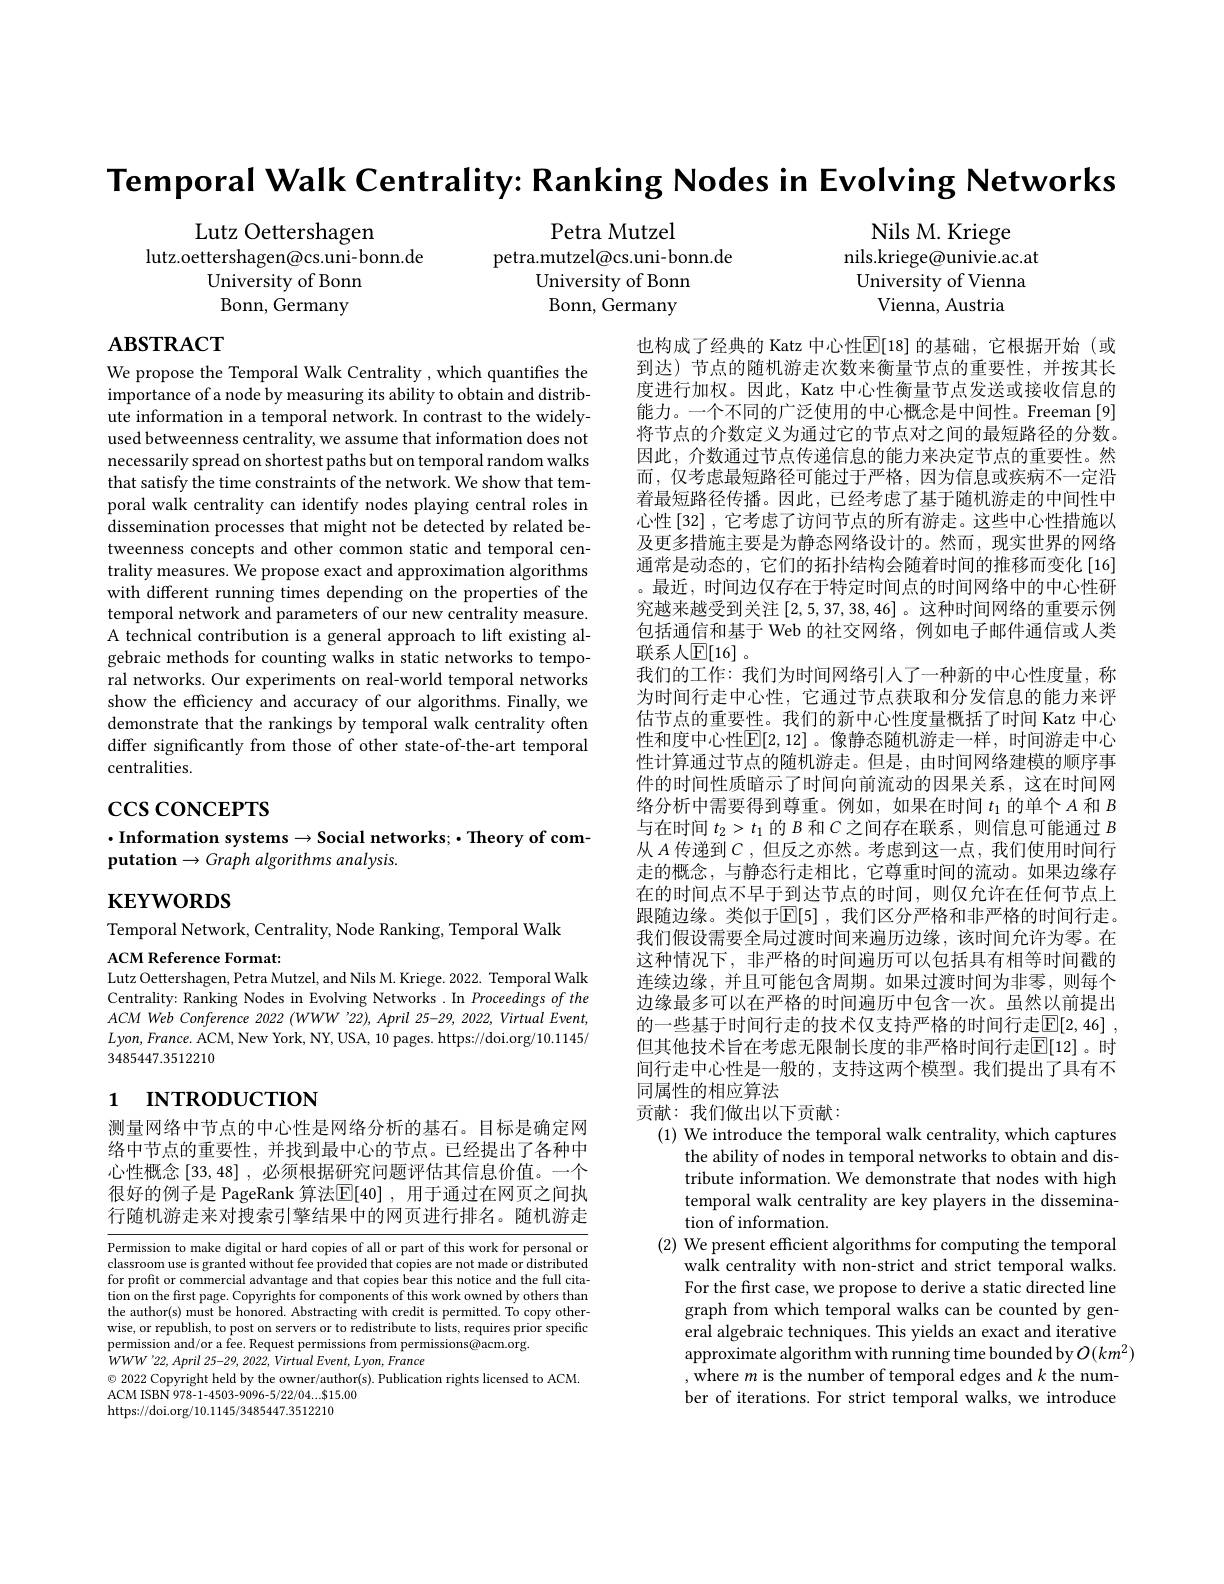
Temporal Walk Centrality: Ranking Nodes in Evolving Networks

Petra Mutzel
petra.mutzel@cs.uni-bonn.de
University of Bonn Bonn, Germany

Lutz Oettershagen
lutz.oettershagen@cs.uni-bonn.de
University of Bonn Bonn, Germany

Nils M. Kriege
nils.kriege@univie.ac.at University of Vienna
Vienna, Austria

# $\mathbf{ABSTRACT}$

We propose the Temporal Walk Centrality , which quantifies the importance of a node by measuring its ability to obtain and distribute information in a temporal network. In contrast to the widelyused betweenness centrality, we assume that information does not necessarily spread on shortest paths but on temporal random walks that satisfy the time constraints of the network. We show that temporal walk centrality can identify nodes playing central roles in dissemination processes that might not be detected by related betweenness concepts and other common static and temporal centrality measures. We propose exact and approximation algorithms with different running times depending on the properties of the temporal network and parameters of our new centrality measure. A technical contribution is a general approach to lift existing algebraic methods for counting walks in static networks to temporal networks. Our experiments on real-world temporal networks show the efficiency and accuracy of our algorithms. Finally, we demonstrate that the rankings by temporal walk centrality often differ significantly from those of other state-of-the-art temporal centralities.

# $\csc\csc$coNCEPTS

$\cdot$Information systems$\to$Social networks;$\cdot$Theory of com-
putation $\to Graph\textit{ algorithms analysis. }$

也构成了经典的 Katz 中心性$\overline{\mathbb{E}}[18]$ 的基础，它根据开始(或到达)节点的随机游走次数来衡量节点的重要性，并按其长度进行加权。因此，Katz 中心性衡量节点发送或接收信息的能力。一个不同的广泛使用的中心概念是中间性。Freeman[9] 将节点的介数定义为通过它的节点对之间的最短路径的分数。因此，介数通过节点传递信息的能力来决定节点的重要性。然而，仅考虑最短路径可能过于严格，因为信息或疾病不一定沿着最短路径传播。因此，已经考虑了基于随机游走的中间性中心性[32] ,它考虑了访问节点的所有游走。这些中心性措施以及更多措施主要是为静态网络设计的。然而，现实世界的网络通常是动态的，它们的拓扑结构会随着时间的推移而变化 [16] 。最近，时间边仅存在于特定时间点的时间网络中的中心性研究越来越受到关注[2,5,37,38,46] 。这种时间网络的重要示例包括通信和基于 Web 的社交网络，例如电子邮件通信或人类联系人$\mathbb{E}[16]$。
我们的工作：我们为时间网络引入了一种新的中心性度量，称为时间行走中心性，它通过节点获取和分发信息的能力来评估节点的重要性。我们的新中心性度量概括了时间 Katz 中心性和度中心性$\overline{\mathbb{E}}[2,12]$ 。像静态随机游走一样，时间游走中心性计算通过节点的随机游走。但是，由时间网络建模的顺序事件的时间性质暗示了时间向前流动的因果关系，这在时间网络分析中需要得到尊重。例如，如果在时间$t_1$的单个$A$和$B$ 与在时间$t_2>t_1$的$B$和$C$之间存在联系，则信息可能通过$B$ 从$A$传递到$C$,但反之亦然。考虑到这一点，我们使用时间行走的概念，与静态行走相比，它尊重时间的流动。如果边缘存在的时间点不早于到达节点的时间，则仅允许在任何节点上跟随边缘。类似于$\mathbb{E}[5]$, 我们区分严格和非严格的时间行走。我们假设需要全局过渡时间来遍历边缘，该时间允许为零。在这种情况下，非严格的时间遍历可以包括具有相等时间戳的连续边缘，并且可能包含周期。如果过渡时间为非零，则每个边缘最多可以在严格的时间遍历中包含一次。虽然以前提出的一些基于时间行走的技术仅支持严格的时间行走$\mathbb{E} [ 2, 46]$ , 但其他技术旨在考虑无限制长度的非严格时间行走$\mathbb{E}[12]$。时间行走中心性是一般的，支持这两个模型。我们提出了具有不同属性的相应算法
贡献：我们做出以下贡献：
(1) We introduce the temporal walk centrality, which captures
the ability of nodes in temporal networks to obtain and distribute information. We demonstrate that nodes with high temporal walk centrality are key players in the dissemination of information.
(2) We present efficient algorithms for computing the temporal
walk centrality with non-strict and strict temporal walks. For the first case, we propose to derive a static directed line graph from which temporal walks can be counted by general algebraic techniques. This yields an exact and iterative approximate algorithm with running time bounded by $O(km^{2})$
, where $m$ is the number of temporal edges and $k$ the number of iterations. For strict temporal walks, we introduce

$\mathbf{KEYWORDS}$

Temporal Network, Centrality, Node Ranking, Temporal Walk

ACM Reference Format:
Lutz Oettershagen, Petra Mutzel, and Nils M. Kriege. 2022. Temporal Walk Centrality: Ranking Nodes in Evolving Networks. In Proceedings of the $ACM$ Web Conference 2022 (WWW 22), April 25-29, 2022, Virtual Event, $Lyon,France.$ ACM, New York, NY, USA, 10 pages. https://doi.org/10.1145/ 3485447.3512210

# 1 INTRODUCTION

测量网络中节点的中心性是网络分析的基石。目标是确定网络中节点的重要性，并找到最中心的节点。已经提出了各种中心性概念[33,48] , 必须根据研究问题评估其信息价值。一个很好的例子是 PageRank 算法$\overline{\mathbb{E}}[40]$ ,用于通过在网页之间执行随机游走来对搜索引擎结果中的网页进行排名。随机游走

Permission to make digital or hard copies of all or part of this work for personal or classroom use is granted without fee provided that copies are not made or distributed for profit or commercial advantage and that copies bear this notice and the full citation on the first page. Copyrights for components of this work owned by others than the author(s) must be honored. Abstracting with credit is permitted. To copy otherwise, or republish, to post on servers or to redistribute to lists, requires prior specific permission and/or a fee. Request permissions from permissions@acm.org.
$WWW^{\prime}22,April~25-29,~2022,~Virtual~Event,~Lyon,~France$
$\odot$ 2022 Copyright held by the owner/author(s). Publication rights licensed to ACM.
ACM ISBN 978-1-4503-9096-5/22/04...$15.00
https://doi.org/10.1145/3485447.3512210